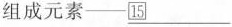
组成元素-\underline{15}___